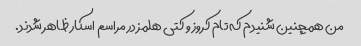
من همچنین شنیدم که تام کروز و کتی هلمز در مراسم اسکار ظاهر شدند.